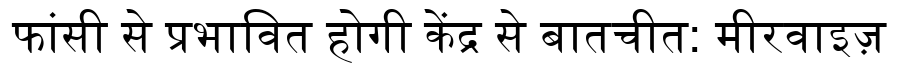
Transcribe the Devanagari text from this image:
फांसी से प्रभावित होगी केंद्र से बातचीत: मीरवाइज़